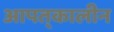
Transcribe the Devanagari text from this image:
आपत्‌कालीन